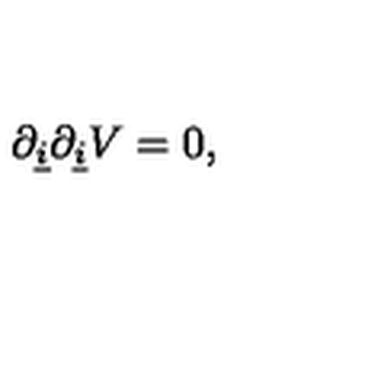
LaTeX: \partial _ { \underline { { i } } } \partial _ { \underline { { i } } } V = 0 ,